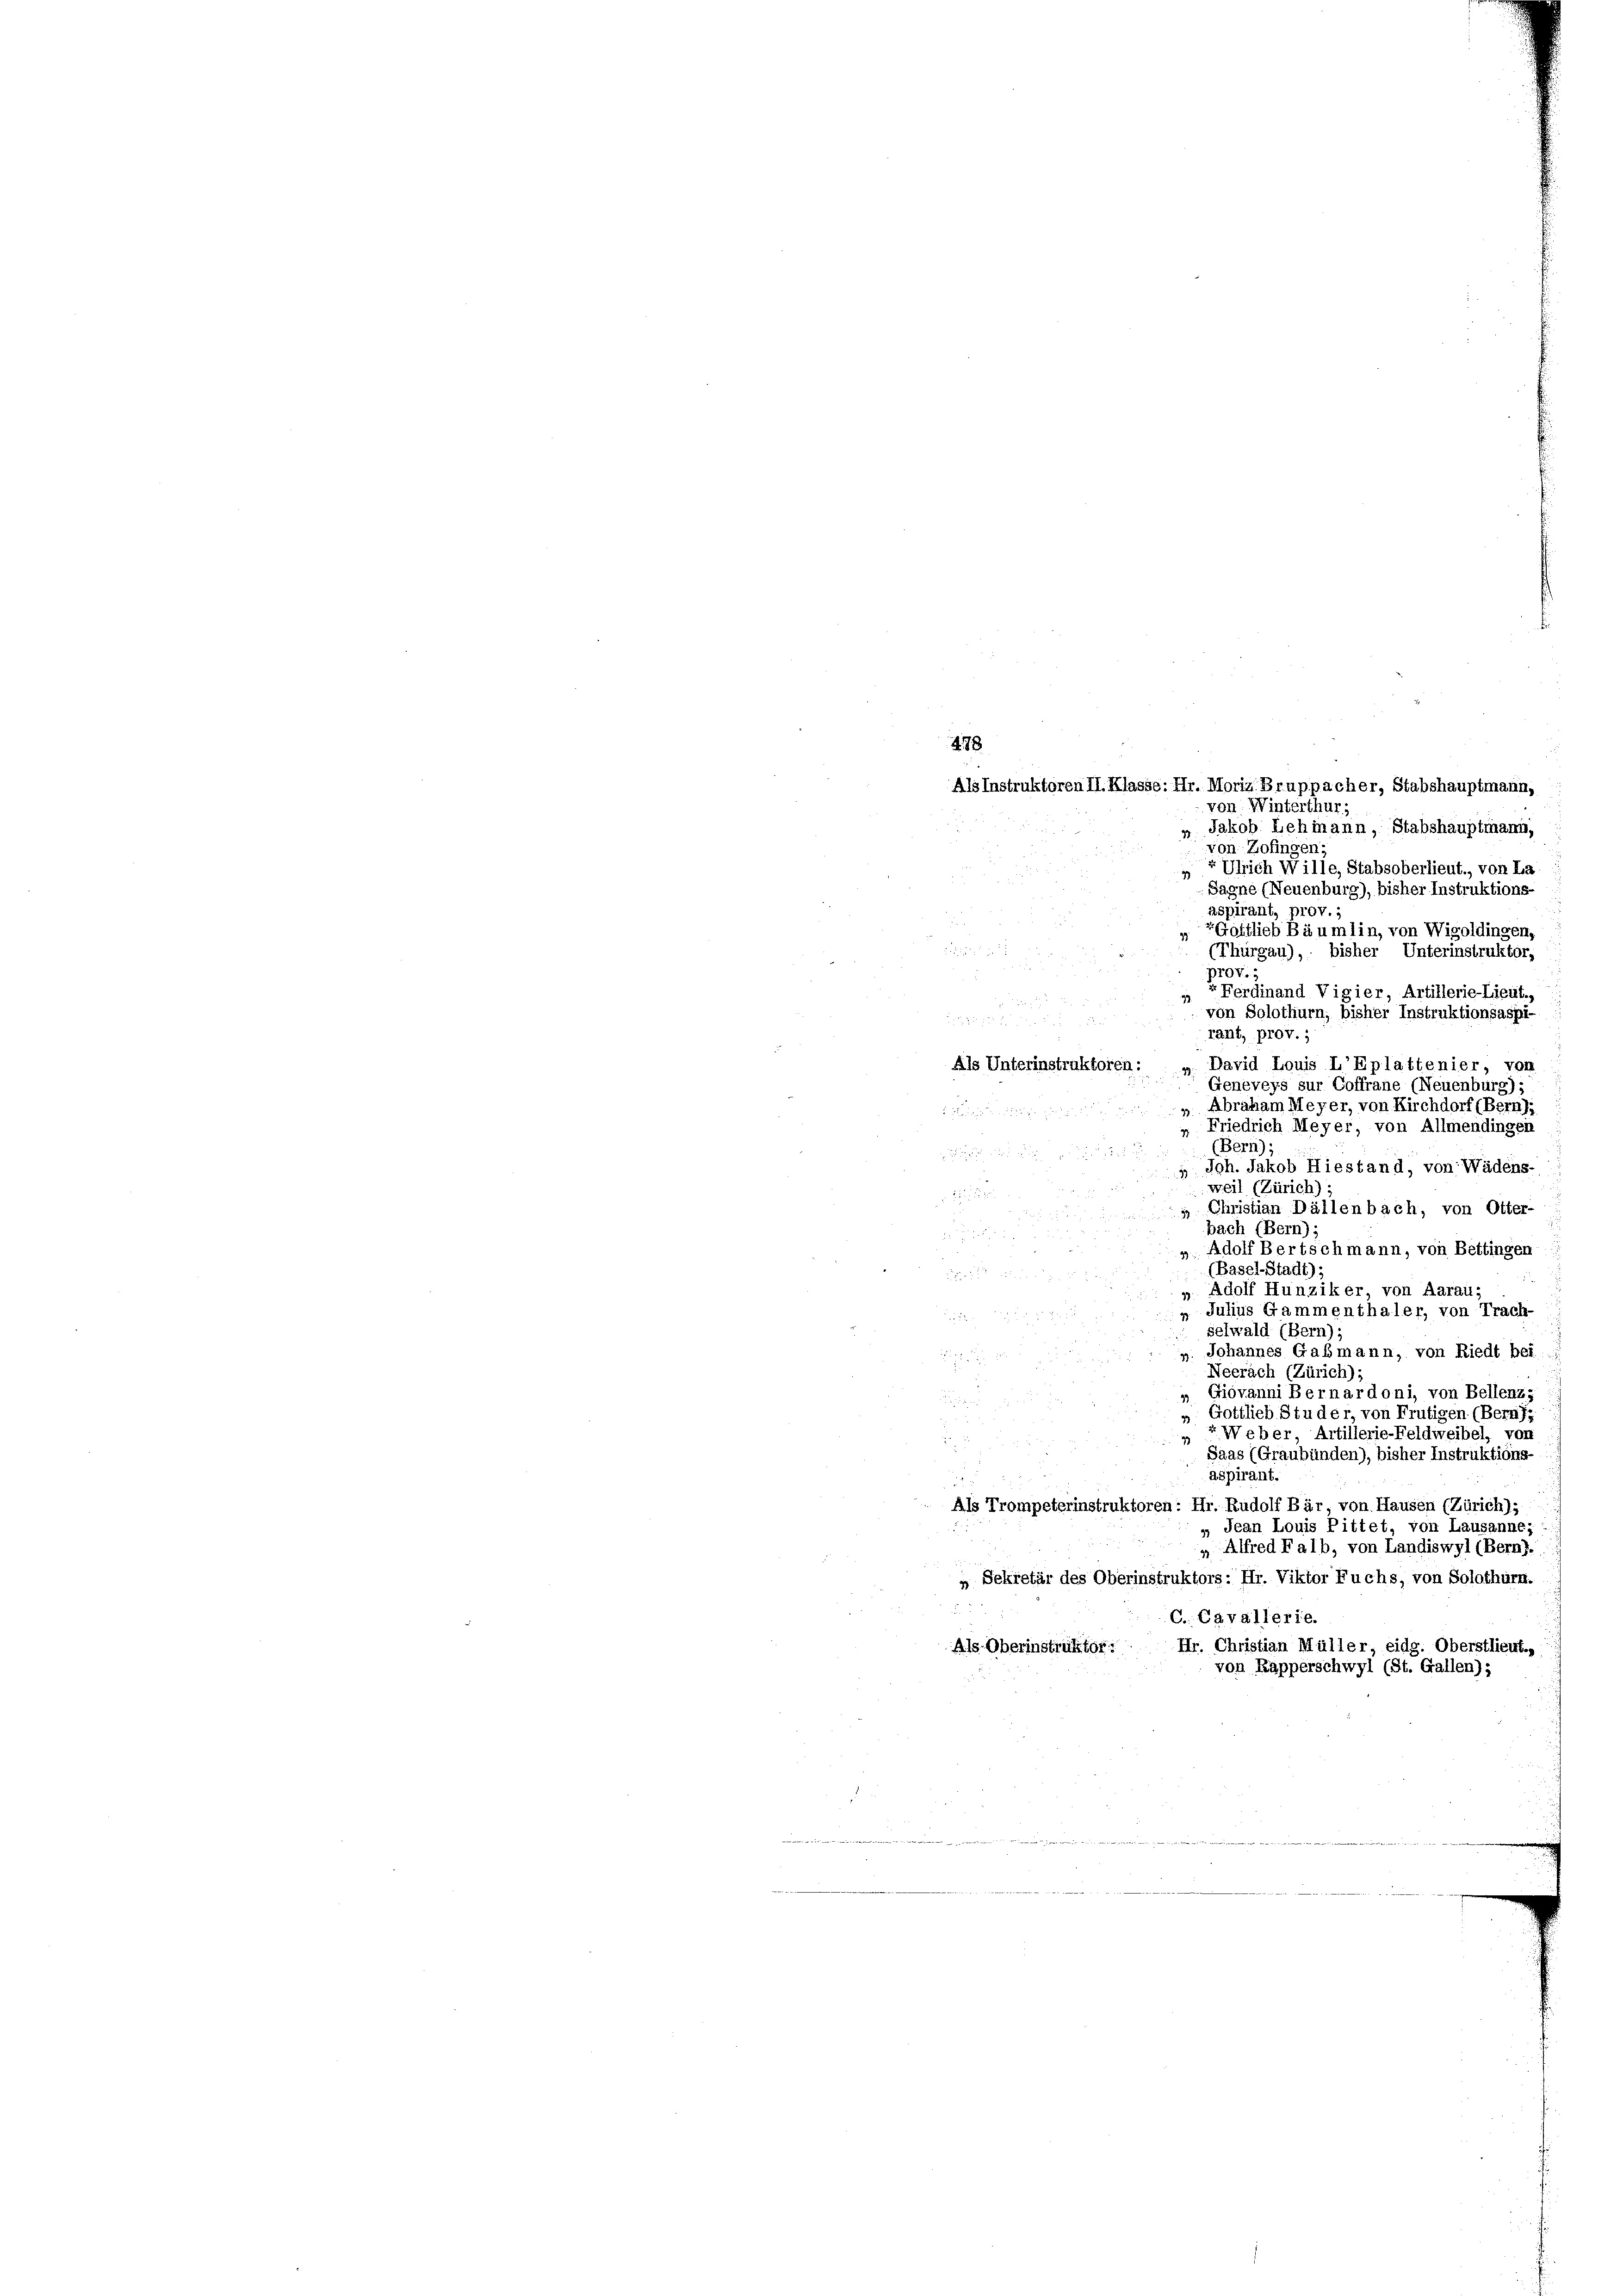
478

u

Als Instruktoren II. Klasse: Hr. Moriz Bruppacher, Stabshauptmann,
von Winterthur;
„ Jakob Lehmann, Stabshauptmann,
von Zofingen:
r Ulrich Wille, Stabsoberlieut. von La
Sagne (Neuenburg), bisher Instruktions-
aspirant, prov. 1
Gattlieb Bäumlin, von Wigoldingen,
(Thurgau), bisher Unterinstruktor,
prov.
Ferdinand Vigier, Artillerie-Lieut.
von Solothurn, bisher Instruktionsaspi-
rant, prov.;
Als Unterinstruktoren: „David Louis L’Eplattenier, von
Geneveys sur Coffrane (Neuenburg);
Abraham Meyer, von Kirchdorf (Bernhi

„ Friedrich Meyer, von Allmendingen
(Bern);

Joh. Jakob Hiestand, von Wädens-
weil (Zürich)

 Christian Dällenbach, von Otter-
bach (Bern);
Adolf Bertschmann, von Bettingen
(Basel-Stadt);
» Adolf Hunziker von Aaraus
„ Julius Gammenthaler, von Trach-
selwald (Bern);
Johannes Gaßmann, von Riedt bei
zu
Neerach (Zürich);
„ Giovanni Bernardoni, von Bellenz,
Gottlieb Studer, von Frutigen (Bernf
«. Weber, Artillerie-Feldweibel, von
Saas (Graubünden), bisher Instruktions-
aspirant.
Als Trompeterinstruktoren: Hr. Rudolf Bär, von Hausen (Zürich),
Jean Louis Pittet, von Lausanne;
„ Alfred Falb, von Landiswyl (Bern).
„ Sekretär des Oberinstruktors: Hr. Viktor Fuchs, von Solothurn.
C. Cavallerie.
Hr. Christian Müller, eidg. Oberstlieut.
Als Oberinstruktor:
von Rapperschwyl (St. Gallen);